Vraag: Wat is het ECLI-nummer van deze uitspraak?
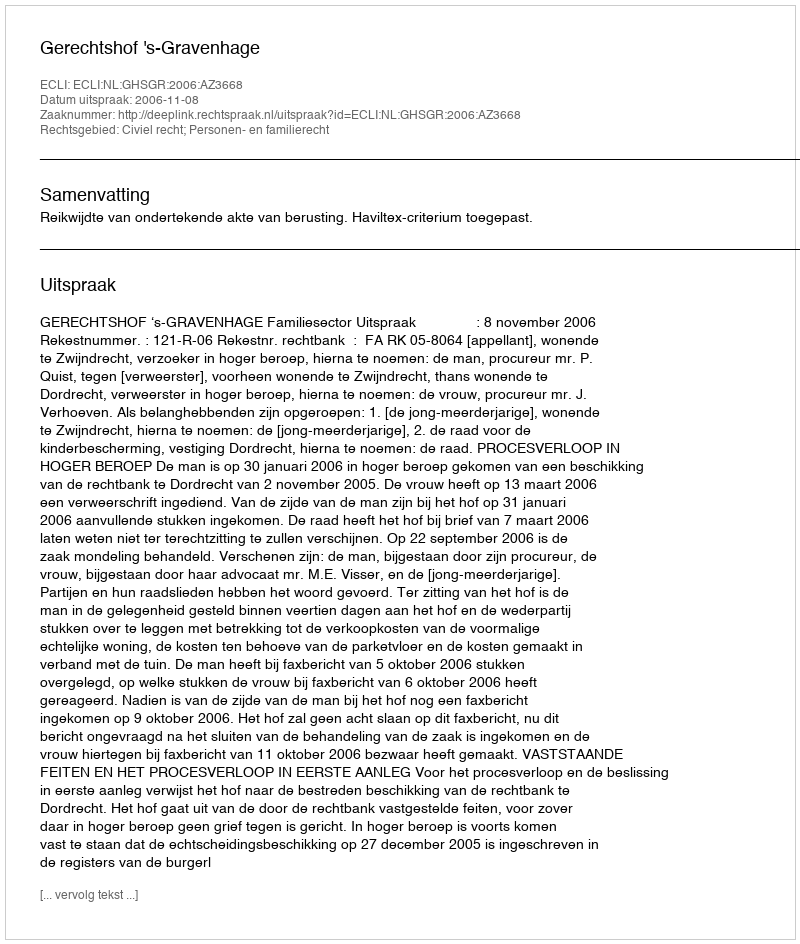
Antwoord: ECLI:NL:GHSGR:2006:AZ3668